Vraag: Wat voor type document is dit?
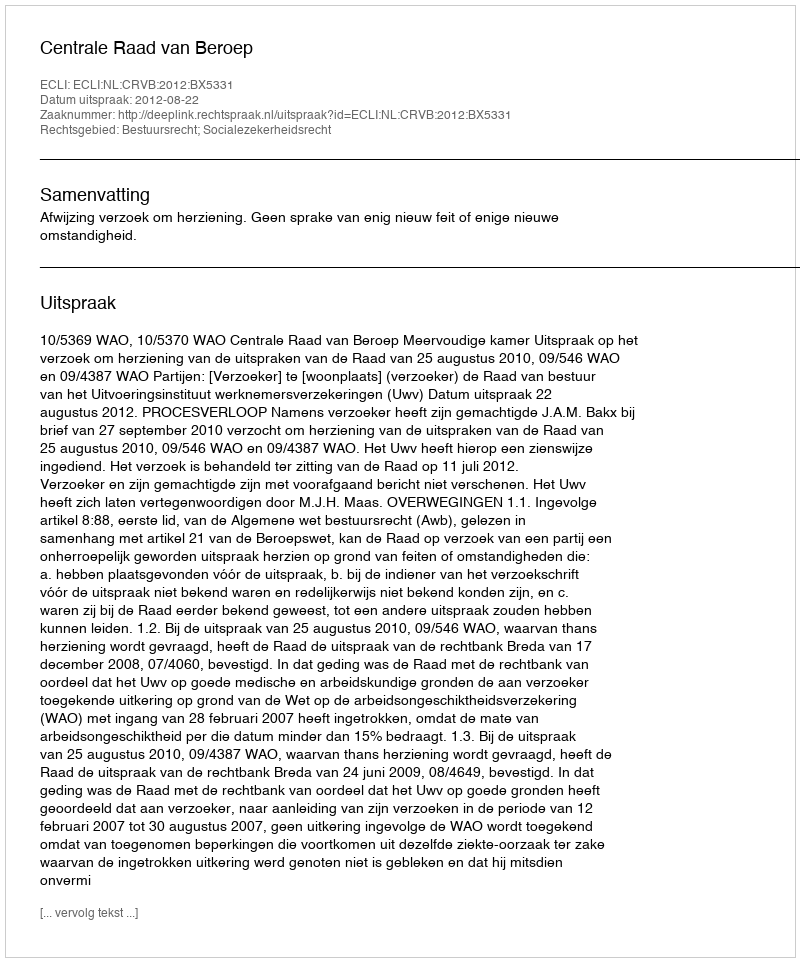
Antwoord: Uitspraak